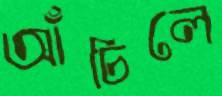
আঁচিলে